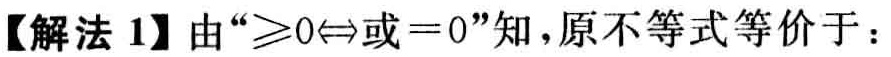
【解法 1】由“$\geqslant0\Leftrightarrow 或 = 0$”知，原不等式等价于：